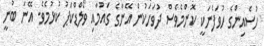
ހުސެއިންގެ ހުވަފެނަކީ ކޮންމެވެސް ދުވަހަކުން އޭނާގެ ގައުމާއި ވޯލްޑްކަޕު ކުޅުމެވެ. އޭނަ ބުނީ